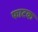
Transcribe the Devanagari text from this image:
फाटक